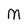
Character: m